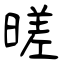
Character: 暛